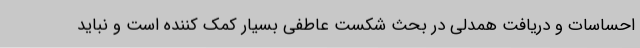
احساسات و دریافت همدلی در بحث شکست عاطفی بسیار کمک کننده است و نباید